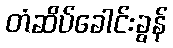
တံဆိပ်ခေါင်းခွန်